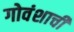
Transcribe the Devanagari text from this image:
गोवंशाची